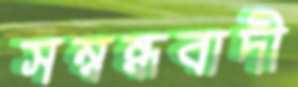
সম্বন্ধবাদী